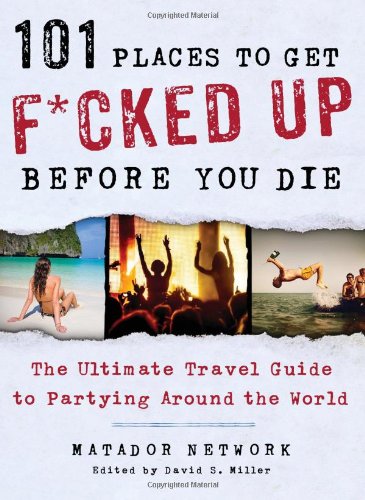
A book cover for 101 Places to Get F*cked Up Before You Die: The Ultimate Travel Guide to Partying Around the World; Matador Network; Humor & Entertainment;